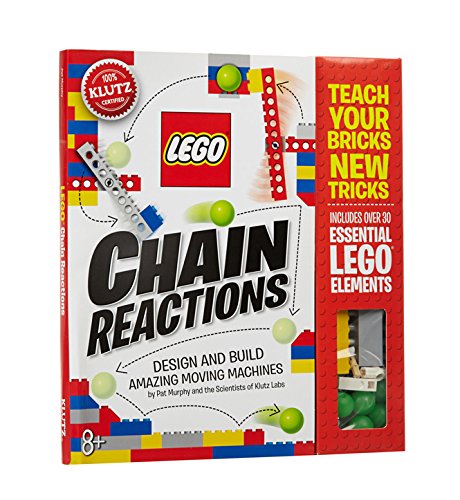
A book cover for Klutz LEGO Chain Reactions Craft Kit; Pat Murphy and the Scientists of Klutz Labs; Children's Books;